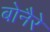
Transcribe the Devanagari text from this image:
बोनैरे